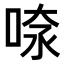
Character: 𠶫